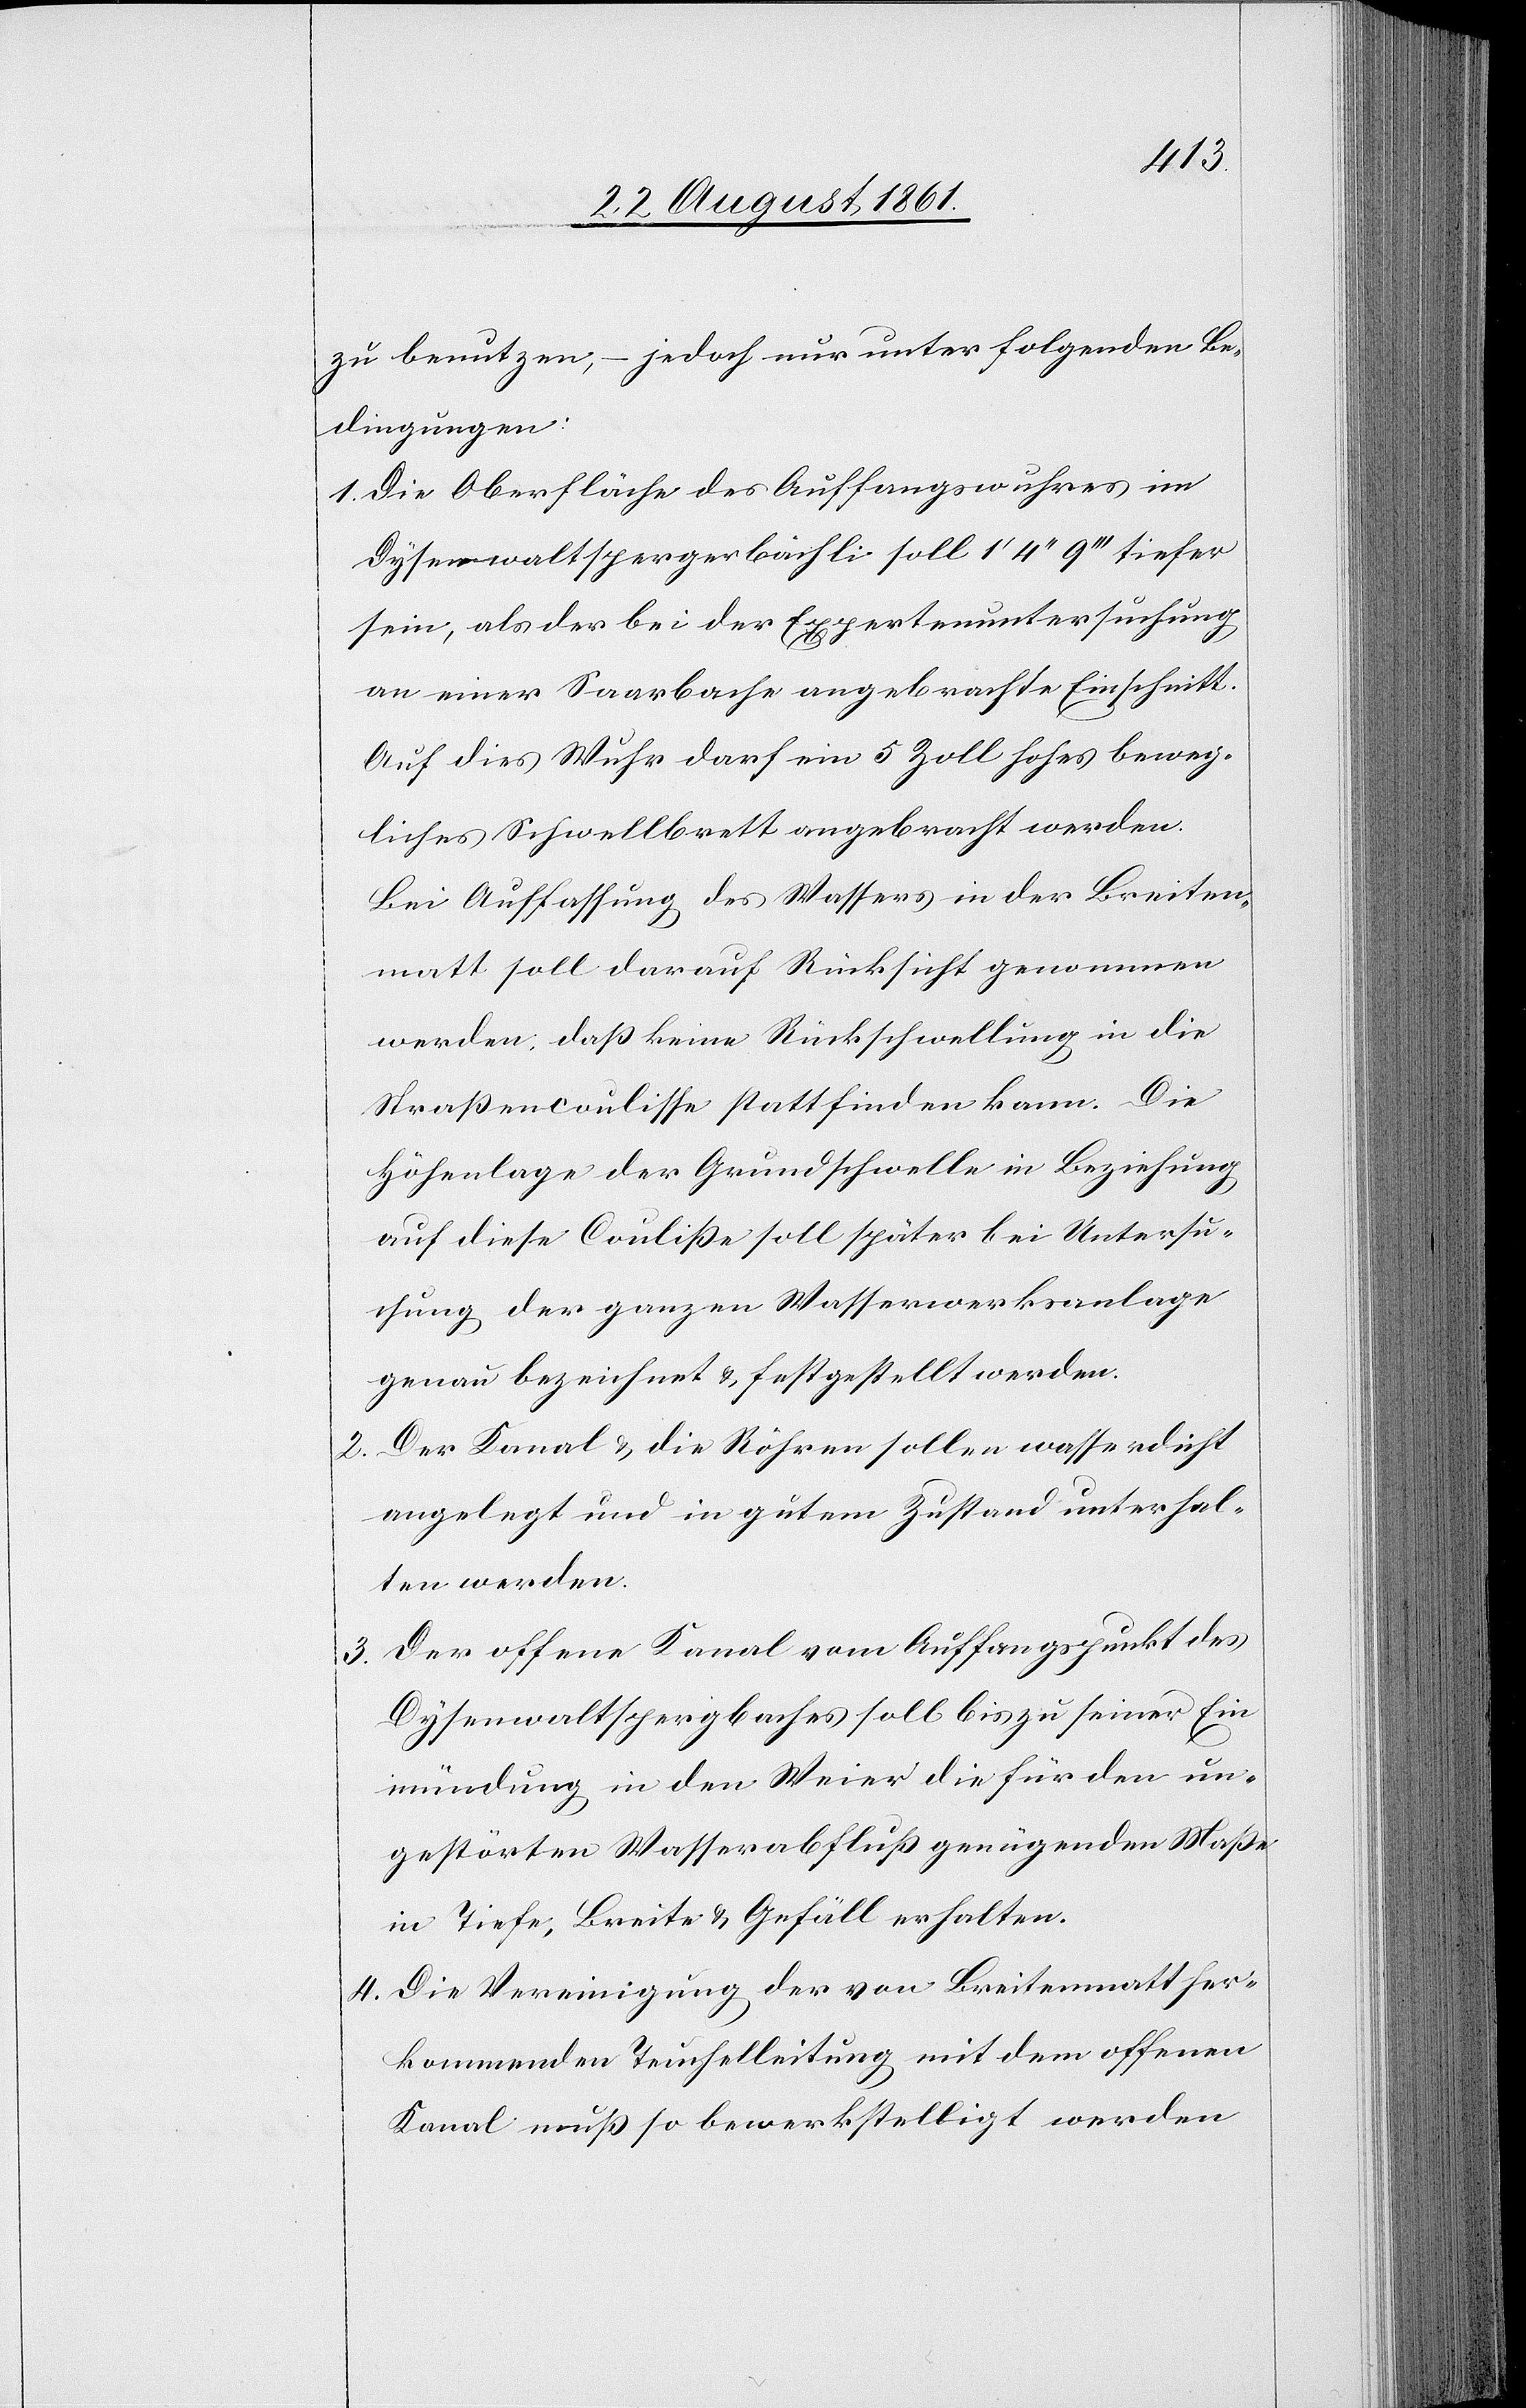
zu benutzen, – jedoch nur unter folgenden Be¬
dingungen:
1. Die Oberfläche des Auffangswuhres im
Dysenwaltspergerbächli soll 1’ 4’’ 9’’’ tiefer
sein, als der bei der Expertenuntersuchung
an einer Saarbache angebrachte Einschnitt.
Auf dies Wuhr darf ein 5 Zoll hohes beweg¬
liches Schwellbrett angebracht werden.
Bei Auffassung des Wassers in der Breiten¬
matt soll darauf Rücksicht genommen
werden, daß keine Rückschwellung in die
Straßencoulisse stattfinden kann. Die
Höhenlage der Grundschwelle in Beziehung
auf diese Coulisse soll später bei Untersuc¬
hung der ganzen Wasserwerksanlage
genau bezeichnet u. festgestellt werden.
2. Der Kanal u. die Röhren sollen wasserdicht
angelegt und in gutem Zustand unterhal¬
ten werden.
3. Der offene Kanal vom Auffangspunkt des
Dysenwaltspergerbaches soll bis zu seiner Ein¬
mündung in den Weier die für den un¬
gestörten Wasserabfluss genügenden Maße
in Tiefe, Breite u. Gefäll erhalten.
4. Die Vereinigung der von Breitenmatt her¬
kommenden Teuchelleitung mit dem offenen
Kanal muß so bewerkstelligt werden